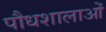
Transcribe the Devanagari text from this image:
पौधशालाओं